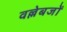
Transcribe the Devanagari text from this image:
वल्लेबजों